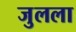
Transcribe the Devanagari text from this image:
जुलला